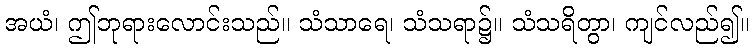
အယံ၊ ဤဘုရားလောင်းသည်။ သံသာရေ၊ သံသရာ၌။ သံသရိတွာ၊ ကျင်လည်၍။